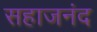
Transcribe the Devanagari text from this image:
सहाजनंद